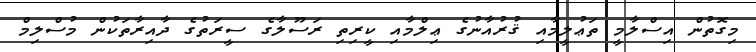
މިގޮތުން އިސްލާމީ ތަޢުލީމާއި ޤުރުއާނުގެ ޢިލްމާއި ކީރިތި ރަސޫލާގެ ސީރަތުގެ ދާއިރާތަކުން މުސްލިމް